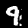
Label: 9